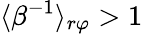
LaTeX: \langle\beta^{-1}\rangle_{r\varphi}>1